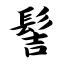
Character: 髻